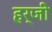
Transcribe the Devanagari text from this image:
हर्जी